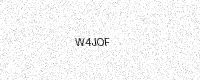
Text: W4JOF